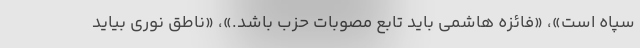
سپاه است»، «فائزه هاشمی باید تابع مصوبات حزب باشد.»، «ناطق نوری بیاید